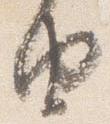
由